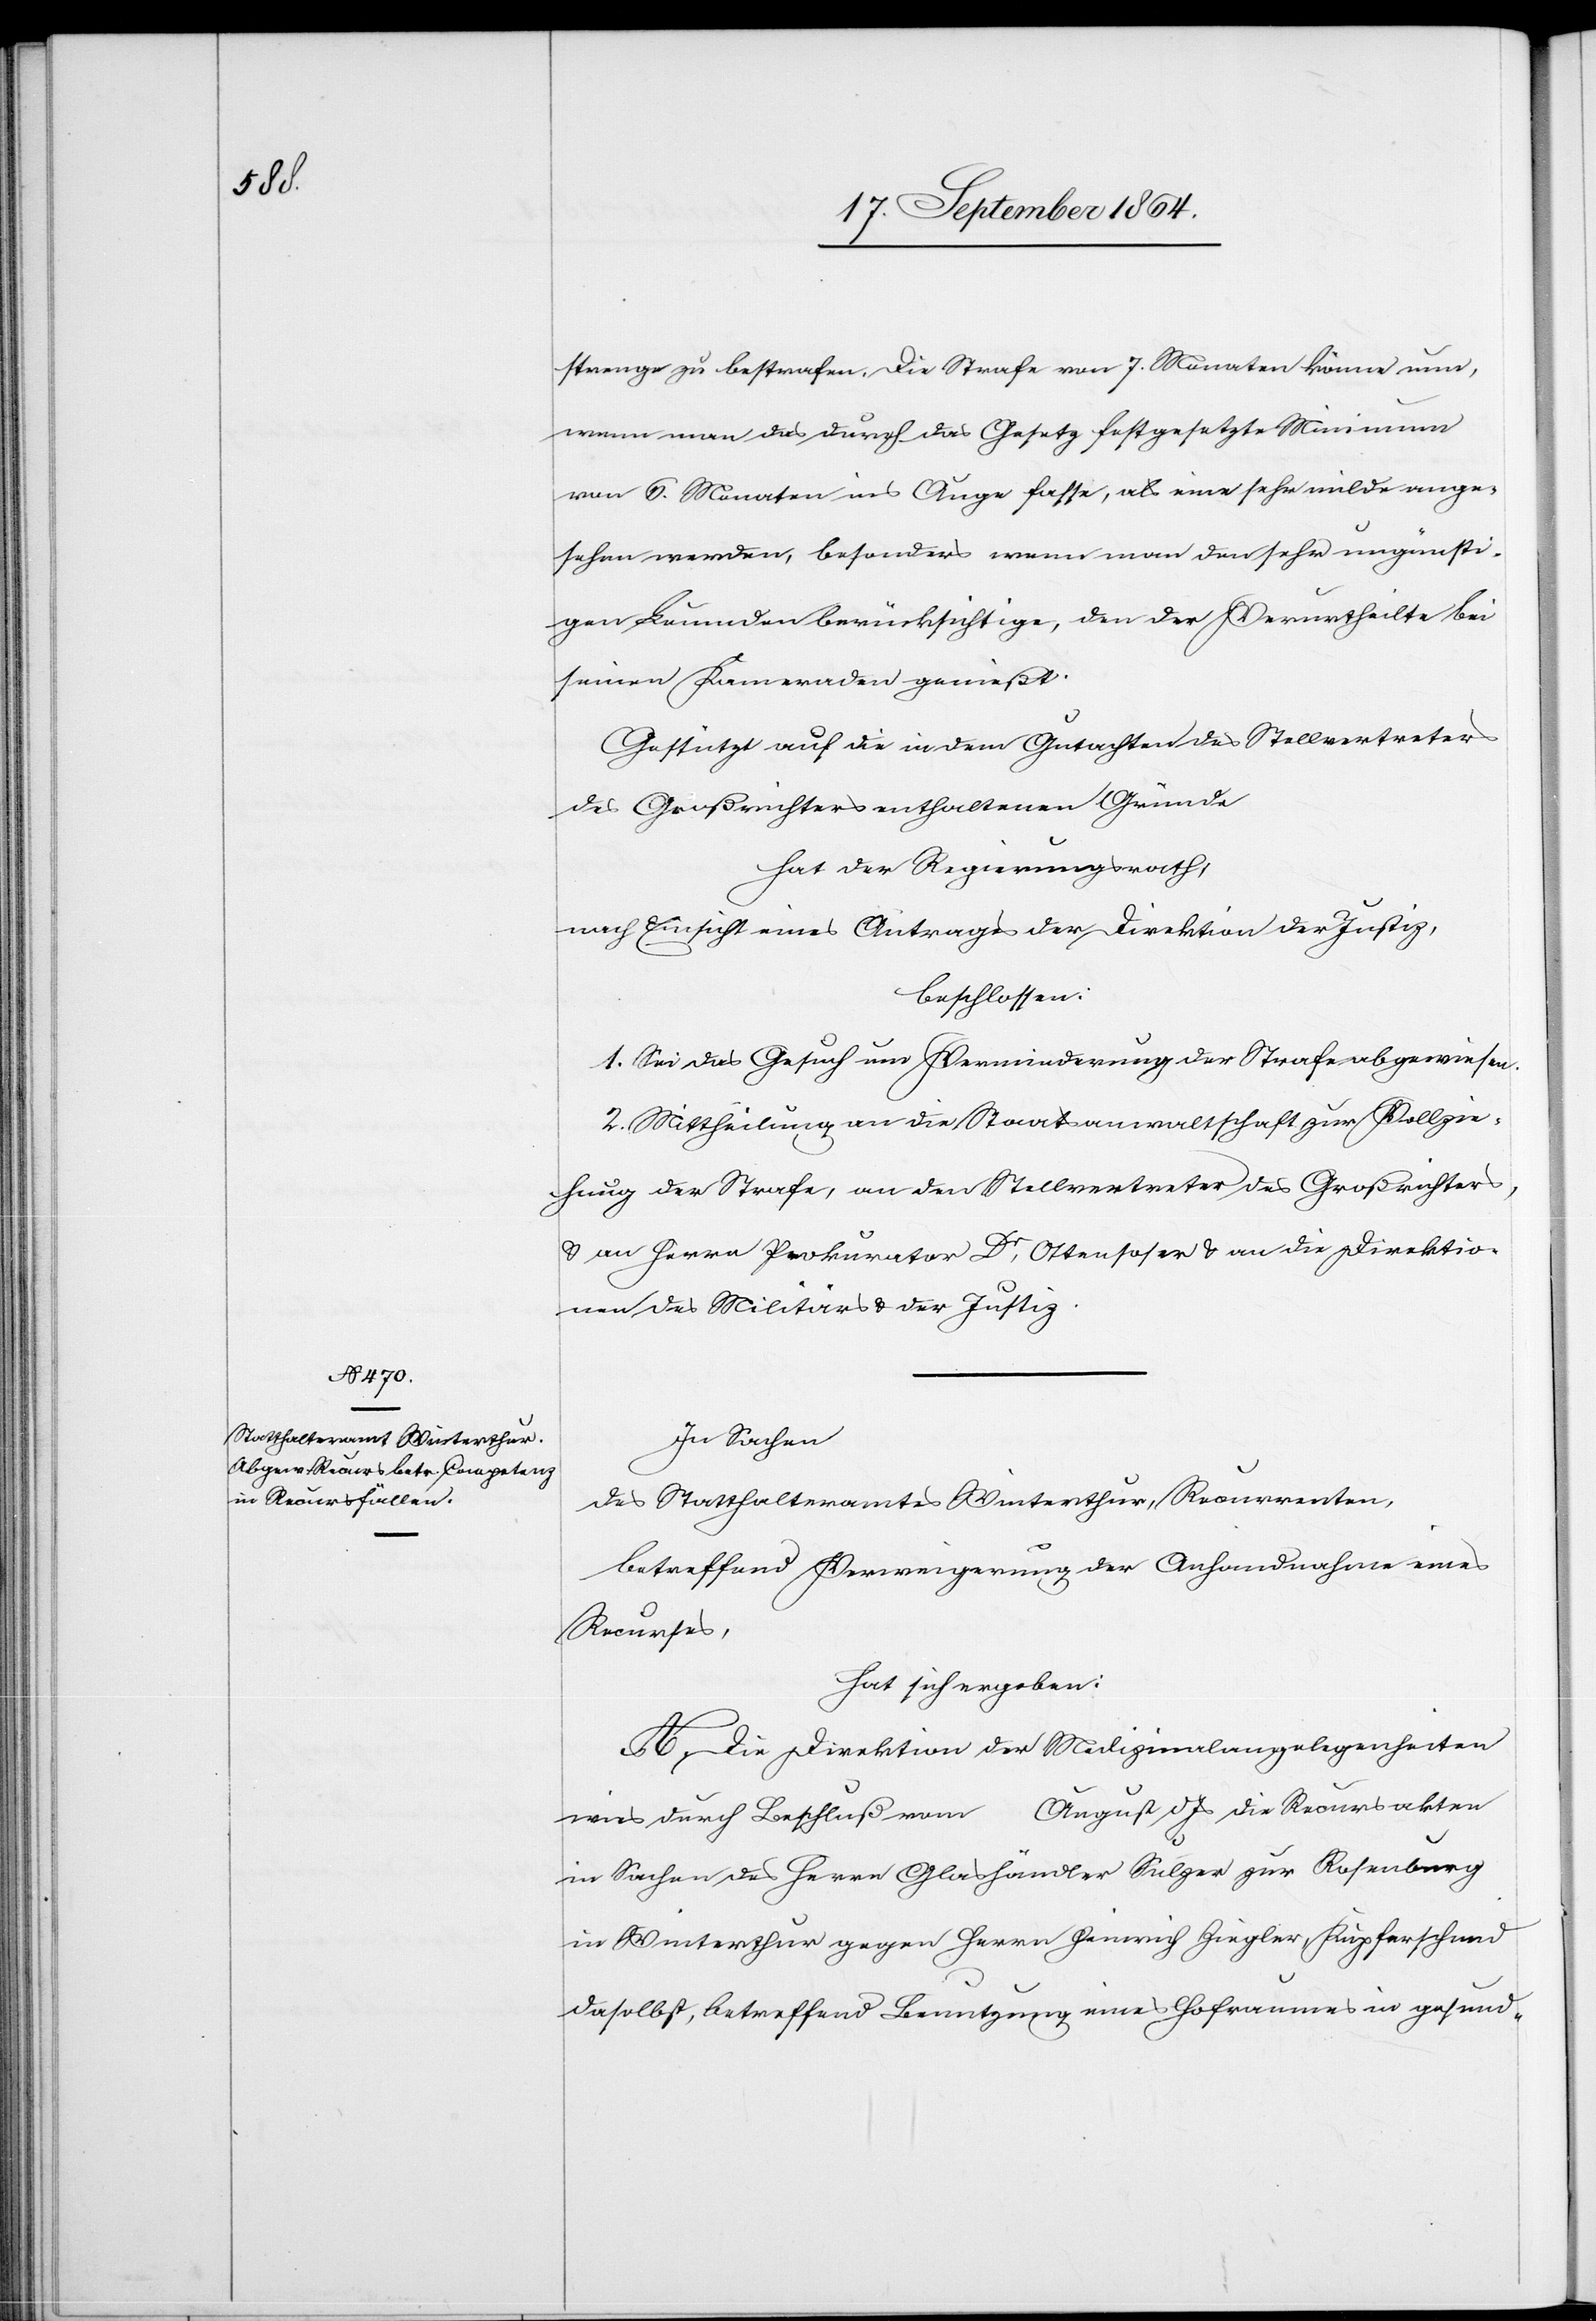
strenge zu bestrafen. Die Strafe von 7. Monaten könne nun,
wenn man das durch das Gesetz festgesetzte Minimum
von 6. Monaten ins Auge fasse, als eine sehr milde ange¬
sehen werden, besonders wenn man den sehr ungünsti¬
gen Leumund berücksichtige, den der Verurtheilte bei
seinen Kameraden genießt.
Gestützt auf die in dem Gutachten des Stellvertreters
des Großrichters enthaltenen Gründe
hat der Regierungsrath,
nach Einsicht eines Antrages der Direktion der Justiz,
beschlossen:
1. Sei das Gesuch um Verminderung der Strafe abgewiesen.
2. Mittheilung an die Staatsanwaltschaft zur Vollzie¬
hung der Strafe, an den Stellvertreter des Großrichters,
& an Herrn Prokurator, Dr. Ottensoser & an die Direktio¬
nen des Militärs & der Justiz.